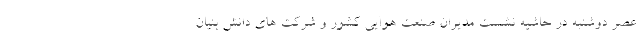
عصر دوشنبه در حاشیه نشست مدیران صنعت هوایی کشور و شرکت های دانش بنیان